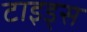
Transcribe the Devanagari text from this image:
टाइड्स